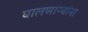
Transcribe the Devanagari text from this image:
घालणाऱ्यांना